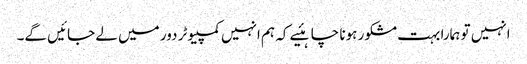
انہیں تو ہمارا بہت مشکور ہونا چاہئیے کہ ہم انہیں کمپیوٹر دور میں لے جائیں گے۔